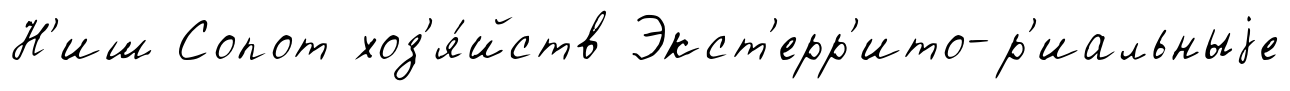
Н'иш Сопот хоз'я́йств Экст'ерр'ито-р'иальныjе